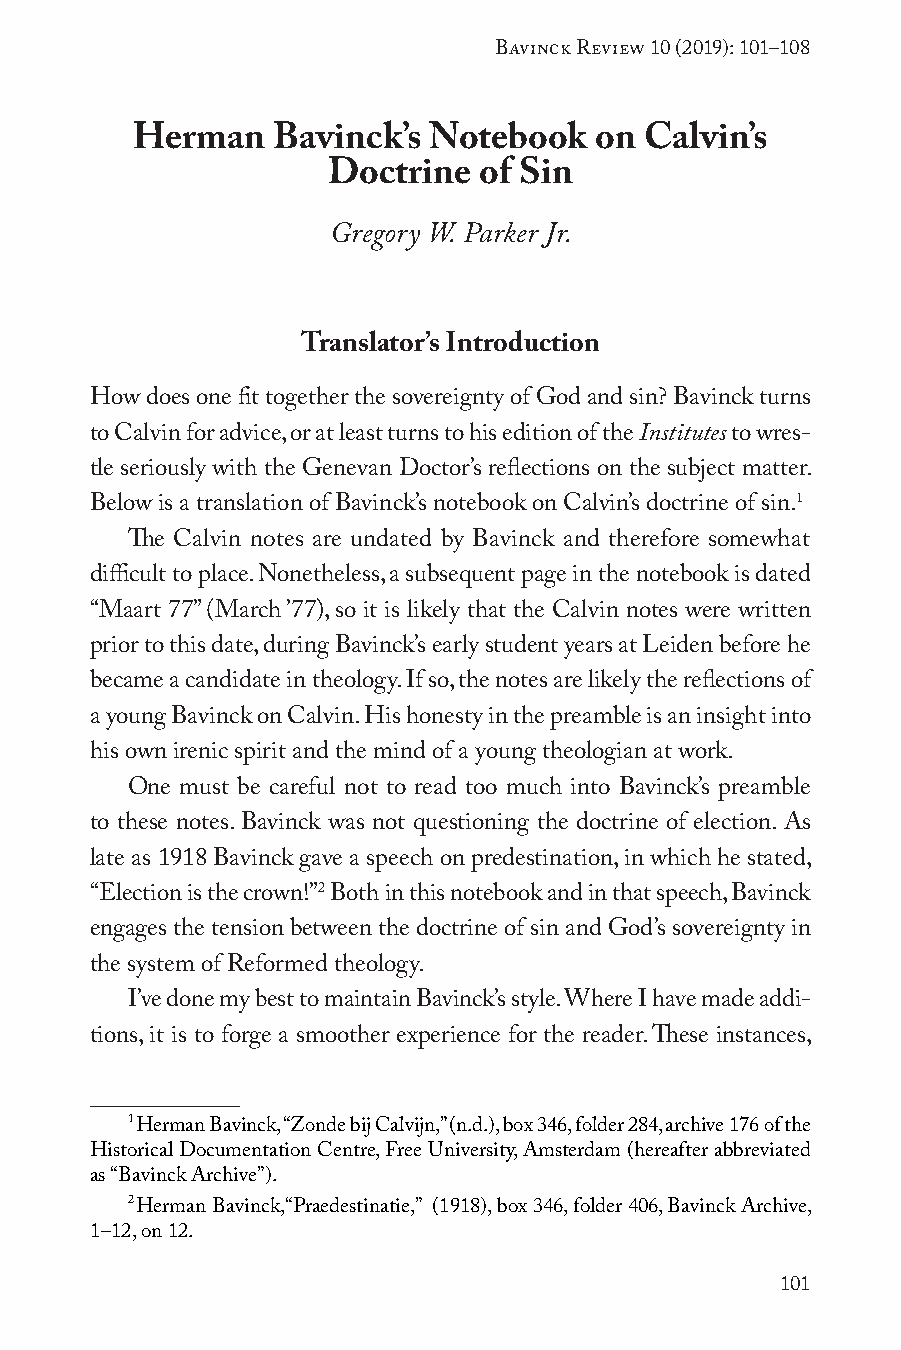
Bavinck Review 10 (2019): 101–108
 Herman   Bavinck’s Notebook   on  Calvin’s
 Doctrine  of Sin
 Gregory W. Parker Jr.
 Translator’s Introduction
 How does one fit together the sovereignty of God and sin? Bavinck turns
 to Calvin for advice, or at least turns to his edition of the Institutes to wres-
 tle seriously with the Genevan Doctor’s reflections on the subject matter.
 Below is a translation of Bavinck’s notebook on Calvin’s doctrine of sin.1
 The Calvin notes are undated by Bavinck and therefore somewhat
 difficult to place. Nonetheless, a subsequent page in the notebook is dated
 “Maart 77” (March ’77), so it is likely that the Calvin notes were written
 prior to this date, during Bavinck’s early student years at Leiden before he
 became a candidate in theology. If so, the notes are likely the reflections of
 a young Bavinck on Calvin. His honesty in the preamble is an insight into
 his own irenic spirit and the mind of a young theologian at work.
 One must be careful not to read too much into Bavinck’s preamble
 to these notes. Bavinck was not questioning the doctrine of election. As
 late as 1918 Bavinck gave a speech on predestination, in which he stated,
 “Election is the crown!”2 Both in this notebook and in that speech, Bavinck
 engages the tension between the doctrine of sin and God’s sovereignty in
 the system of Reformed theology.
 I’ve done my best to maintain Bavinck’s style. Where I have made addi-
 tions, it is to forge a smoother experience for the reader. These instances,
 1
 Herman Bavinck, “Zonde bij Calvijn,” (n.d.), box 346, folder 284, archive 176 of the
 Historical Documentation Centre, Free University, Amsterdam (hereafter abbreviated
 as “Bavinck Archive”).
 2
 Herman Bavinck,“Praedestinatie,” (1918), box 346, folder 406, Bavinck Archive,
 1–12, on 12.
 101